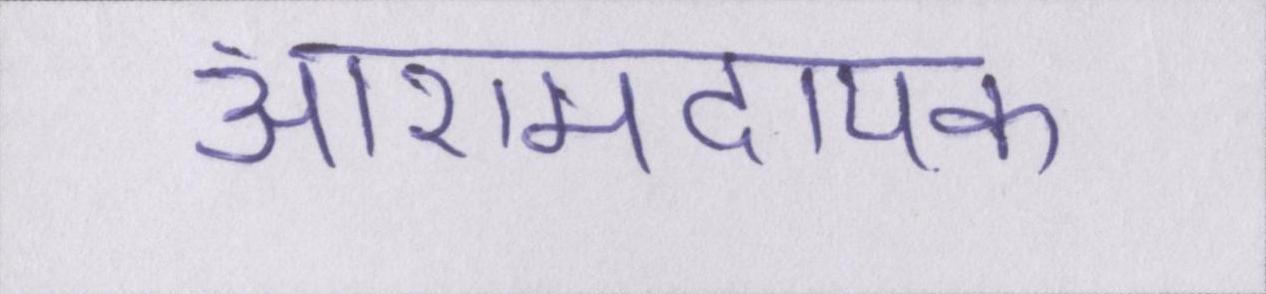
आरामदायक